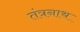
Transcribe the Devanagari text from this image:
तंत्रनाथ